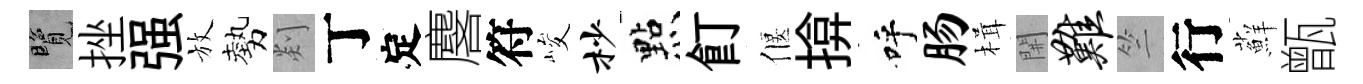
覽挫强放勢剡丁定麐符峻杪㸃飣偃揜呼肠楫𨳩难竺行蘚甑